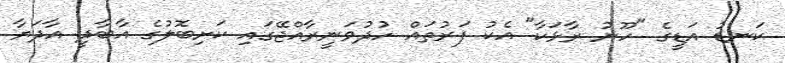
ކަނޑު އަޑީގެ "ހޫނު ރާޅަކާ" އެކު ފަރުތައް ހުދުވަނީރާއްޖޭގައި ކަށިބޮލުގެ އާބާދީ އާދަޔާ